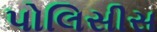
પોલિસીસ